Burma Government Medical School reports 1923-41
Year: 1923
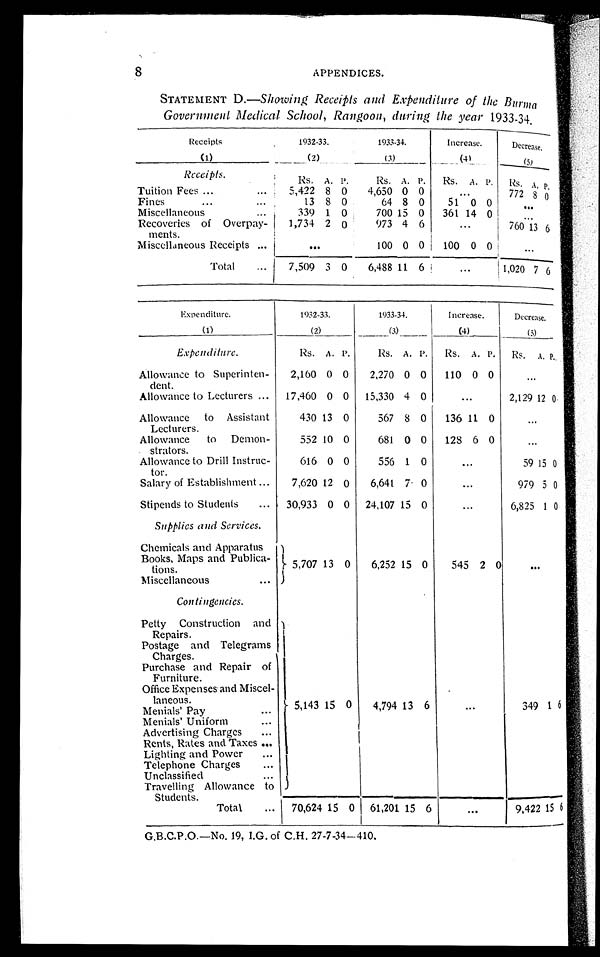
8
APPENDICES.
STATEMENT D .—Showing Receipts and Expenditure of the Burma
Government Medical School, Rangoon, during the year 1933-34.
Receipts
(1)
1932-33.
(2)
1933-34.
(3)
Increase.
( 4 )
Decrease.
(5)
R e c e i p t s .
Rs. A. P.
Rs. A. P.
Rs. A. P. Rs.
A . P .
Tuition Fees ...
...
5,422 8 0
4,650 0 0
. . .
772
8 0
Fines
... . . .
13 8 0
64 8 0
51 0 0
. . .
Miscellaneous
...
339 1 0
700 15 0
361 14 0
. . .
Recoveries of Overpay-
ments.
1,734 2 0
973 4 6
...
760 13 6
Miscellaneous Receipts ...
. . .
100 0 0
100 0 0
. . .
T o t a l . . .
7,509 3 0
6,488 11 6
...
1 , 0 2 0 7 6
Expenditure.
(1)
1932-33.
(2)
1933-34.
(3)
Increase.
(4)
Decrease.
(5)
Expenditure.
Rs. A. P.
Rs. A. P.
Rs. A. P.
Rs.
A. P .
Allowance to Superinten-
dent.
2,160 0 0
2,270 0 0
110 0 0
...
Allowance to Lecturers ...
17,460 0 0
15,330 4 0
...
2,129 12 0
Allowance to Assistant
Lecturers.
430 13 0
567 8 0
136 11 0
...
Allowance
to Demon-
strators.
552 10 0
681 0 0
128 6 0
...
Allowance to Drill Instruc-
tor.
616 0 0
556 1 0
...
59 15 0
Salary of Establishment ...
7,620 12 0
6,641 7
0
. . .
979 5 0
Stipends to Students
...
30,933 0 0
24,107 15
0
. . .
6,825 1 0
Supplies and Services.
Chemicals and Apparatus
Books, Maps and Publica-
t i o n s .
5,707 13 0
6,252 15 0
545 2 0
. . .
M iscellaneous
...
Contingencies.
Petty Construction and
Repairs.
5,143 15 0
4,794 13 6
...
349 1 6
Postage and Telegrams
Charges.
Purchase and Repair of
Furniture.
Office Expenses and Miscel-
l a n e o u s .
Menials' Pay
. . .
Menials' Uniform
...
Advertising Charges
. . .
Rents, Rates and Taxes ...
Lighting and Power
...
Telephone Charges
...
U n c l a s s i f i e d . . .
Travelling Allowance to
St udent s.
. . .
T o t a l . . .
70,624 15 0
61,201 15 6
...
9,422 15 6
G.B.C.P.O.—No. 19, I.G. of C.H. 27-7-34—410.